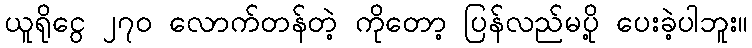
ယူရိုငွေ ၂၇၀ လောက်တန်တဲ့ ကိုတော့ ပြန်လည်မပို့ ပေးခဲ့ပါဘူး။